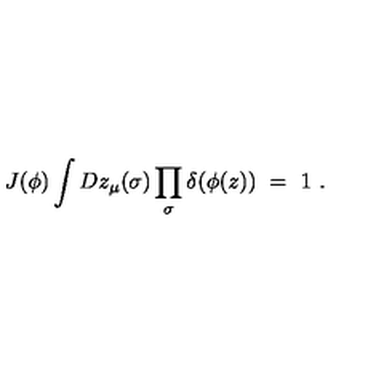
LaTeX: J ( \phi ) \int D z _ { \mu } ( \sigma ) \prod _ { \sigma } \delta ( \phi ( z ) ) \ = \ 1 \ .